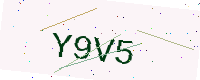
Text: Y9V5